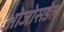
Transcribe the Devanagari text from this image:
ओजोसडेल